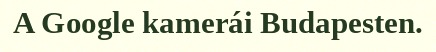
A Google kamerái Budapesten.